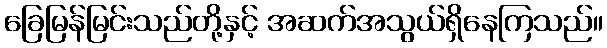
ခြေမြန်မြင်းသည်တို့နှင့် အဆက်အသွယ်ရှိနေကြသည်။